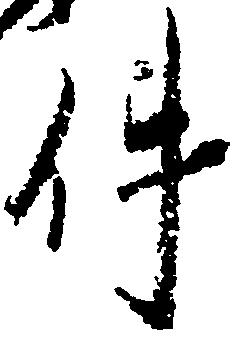
件